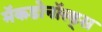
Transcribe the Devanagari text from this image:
मॅकडोनॉल्ड्स